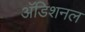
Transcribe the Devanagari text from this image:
अॅडिशनल